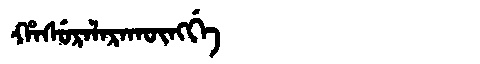
Manchu: ᡥᠠᠰᡠᡵᠠᠯᠠᡵᠠᡴᡡᠩᡤᡝ
Romanization: HASURALARAKŪNGGE